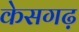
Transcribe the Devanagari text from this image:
केसगढ़